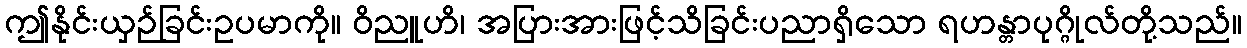
ဤနိုင်းယှဉ်ခြင်းဥပမာကို။ ဝိညူဟိ၊ အပြားအားဖြင့်သိခြင်းပညာရှိသော ရဟန္တာပုဂ္ဂိုလ်တို့သည်။